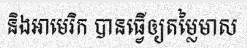
និងអាមេរិក បានធ្វើឲ្យតម្លៃមាស